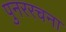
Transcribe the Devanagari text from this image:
पुनररचना